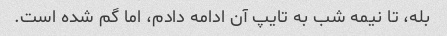
بله، تا نیمه شب به تایپ آن ادامه دادم، اما گم شده است.